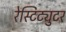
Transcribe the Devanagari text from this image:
रेस्टिट्युटर